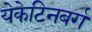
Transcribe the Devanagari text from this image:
येकेटिनबर्ग